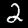
Label: 2